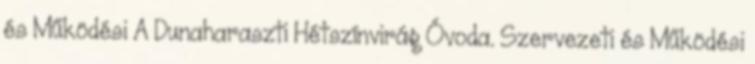
és Működési A Dunaharaszti Hétszínvirág Óvoda. Szervezeti és Működési